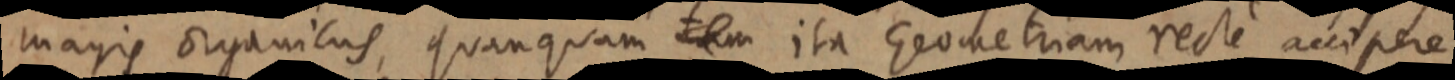
magis organicus, quanquam tam ita Geometriam recti accipere